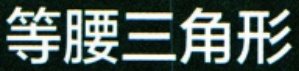
等腰三角形